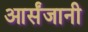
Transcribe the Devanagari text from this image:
आर्संजानी